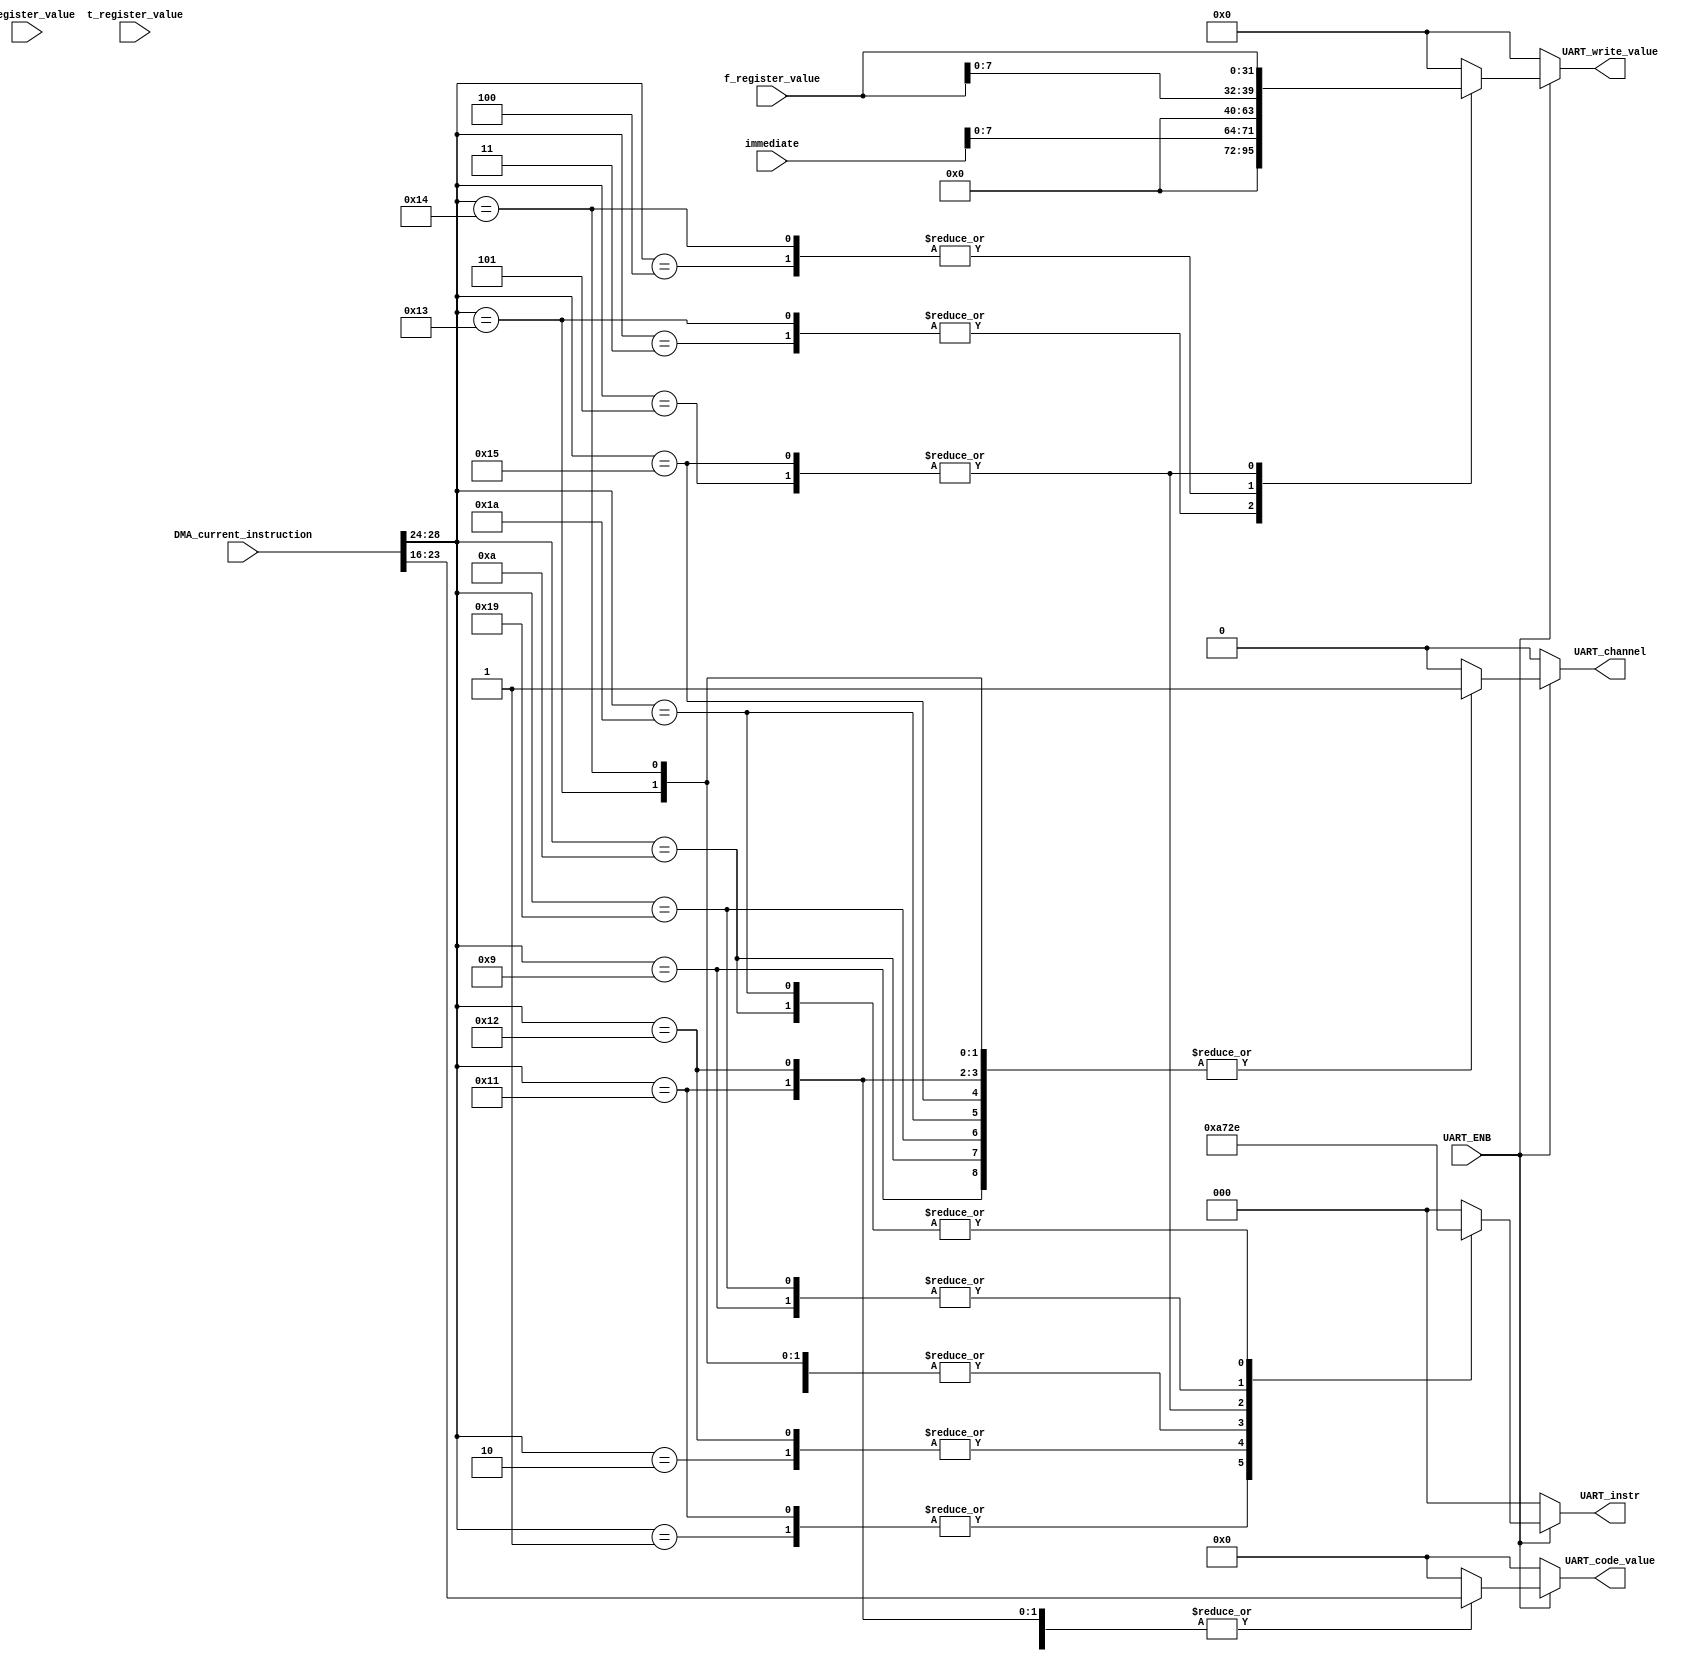
module UARTDecoder(
	input UART_ENB,
	input [31:0] DMA_current_instruction,
	input [31:0] f_register_value,
	input [31:0] s_register_value,
	input [31:0] t_register_value,
	input [23:0] immediate,
	output reg UART_channel,
	output reg [2:0] UART_instr,
	output reg [7:0] UART_code_value,
	output reg [31:0] UART_write_value
);

always@(*) begin
	if (UART_ENB) begin
			case (DMA_current_instruction[28:24])
			
				5'b00000: begin // NOP
					UART_instr = 3'b000;
					UART_code_value = 8'b0;
					UART_write_value = 32'b0;
					UART_channel = 0;
				end
			
				5'b00001: begin // ATELL
					UART_instr = 3'b001;
					UART_code_value = DMA_current_instruction[23:16];
					UART_write_value = 32'b0;
					UART_channel = 0;
				end
			
				5'b00010: begin // AREAD
					UART_instr = 3'b010;
					UART_code_value = DMA_current_instruction[23:16];
					UART_write_value = 32'b0;
					UART_channel = 0;
				end
			
				5'b00011: begin // AWRITEi
					UART_instr = 3'b011;
					UART_code_value = 8'b0;
					UART_write_value = {24'b0, immediate[7:0]};
					UART_channel = 0;
				end
			
				5'b00100: begin // AWRITE
					UART_instr = 3'b011;
					UART_code_value = 8'b0;
					UART_write_value = {24'b0, f_register_value[7:0]};
					UART_channel = 0;
				end
			
				5'b00101: begin // ABAUDSET
					UART_instr = 3'b100;
					UART_code_value = 8'b0;
					UART_write_value = f_register_value[31:0];
					UART_channel = 0;
				end
			
				5'b10001: begin // BTELL
					UART_instr = 3'b001;
					UART_code_value = DMA_current_instruction[23:16];
					UART_write_value = 32'b0;
					UART_channel = 1;
				end
			
				5'b10010: begin // BREAD
					UART_instr = 3'b010;
					UART_code_value = DMA_current_instruction[23:16];
					UART_write_value = 32'b0;
					UART_channel = 1;
				end
			
				5'b10011: begin // BWRITEi
					UART_instr = 3'b011;
					UART_code_value = 8'b0;
					UART_write_value = {24'b0, immediate[7:0]};
					UART_channel = 1;
				end
			
				5'b10100: begin // BWRITE
					UART_instr = 3'b011;
					UART_code_value = 8'b0;
					UART_write_value = {24'b0, f_register_value[7:0]};
					UART_channel = 1;
				end
			
				5'b10101: begin // BBAUDSET
					UART_instr = 3'b100;
					UART_code_value = 8'b0;
					UART_write_value = f_register_value[31:0];
					UART_channel = 1;
				end

			
				5'b01001: begin // ADEBUG1
					UART_instr = 3'b101;
					UART_code_value = DMA_current_instruction[23:16];
					UART_write_value = 32'b0;
					UART_channel = 1;
				end
			
				5'b01010: begin // ADEBUG2
					UART_instr = 3'b110;
					UART_code_value = DMA_current_instruction[23:16];
					UART_write_value = 32'b0;
					UART_channel = 1;
				end
			
				5'b11001: begin // BDEBUG1
					UART_instr = 3'b101;
					UART_code_value = DMA_current_instruction[23:16];
					UART_write_value = 32'b0;
					UART_channel = 1;
				end
			
				5'b11010: begin // BDEBUG2
					UART_instr = 3'b110;
					UART_code_value = DMA_current_instruction[23:16];
					UART_write_value = 32'b0;
					UART_channel = 1;
				end

				default: begin
					UART_instr = 3'b000;
					UART_code_value = 8'b0;
					UART_write_value = 32'b0;
					UART_channel = 0;
				end
			endcase
	end else begin
		UART_instr = 3'b000;
		UART_code_value = 8'b0;
		UART_write_value = 8'b0;
		UART_channel = 0;
	end
end

endmodule